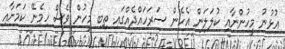
އުޅުނު މީހުންނާއި ކުލަލަން އެހެން ސަރަހައްދެއްގައި ތިބި މީހުން ވެސް ހިމެނޭ ކަމަށާއި